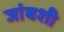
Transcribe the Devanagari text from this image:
जांबशी